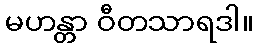
မဟန္တာ ဝီတသာရဒါ။